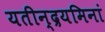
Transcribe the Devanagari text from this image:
यतीन्द्रयमिनां